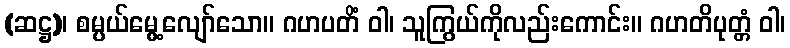
(ဆဋ္ဌ)၊ စမ္ပယ်မွေ့လျော်သော။ ဂဟပတိံ ဝါ၊ သူကြွယ်ကိုလည်းကောင်း။ ဂဟတိပုတ္တံ ဝါ၊